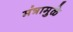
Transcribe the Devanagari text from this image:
मंत्रामुळे